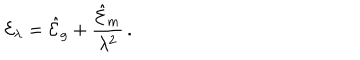
LaTeX: { \cal E } _ { \lambda } = { \hat { \cal E } } _ { g } + { \frac { { \hat { \cal E } } _ { m } } { \lambda ^ { 2 } } } \, . \,